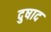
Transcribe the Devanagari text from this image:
दुषाद